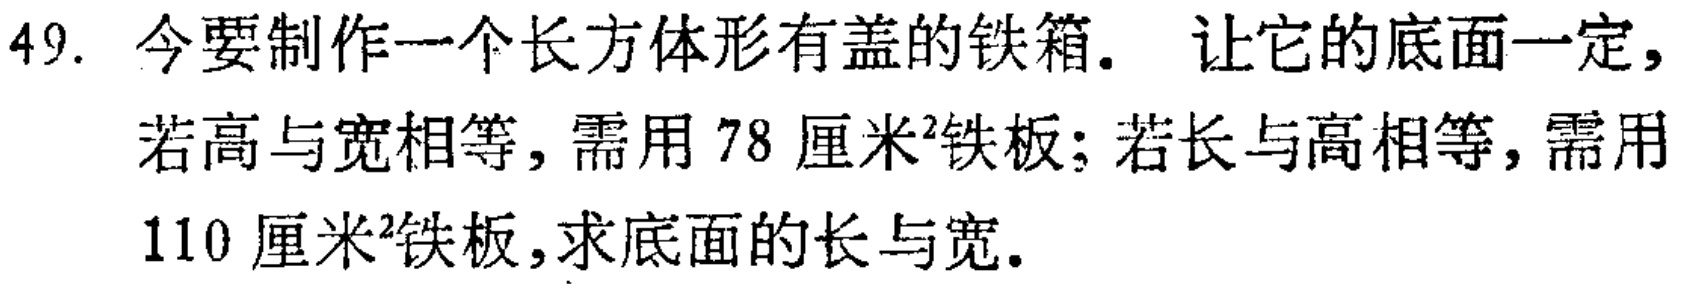
49. 今要制作一个长方体形有盖的铁箱. 让它的底面一定，若高与宽相等，需用 78 厘米²铁板；若长与高相等，需用 110 厘米²铁板，求底面的长与宽.